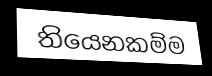
තියෙනකම්ම